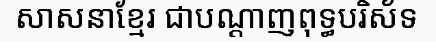
សាសនាខ្មែរ ជាបណ្តាញពុទ្ធបរិស័ទ